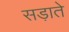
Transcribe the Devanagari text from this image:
सड़ाते